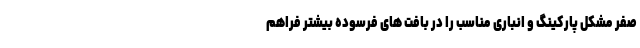
صفر مشکل پارکینگ و انباری مناسب را در بافت های فرسوده بیشتر فراهم